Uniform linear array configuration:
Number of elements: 48
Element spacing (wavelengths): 0.5
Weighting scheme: cosine
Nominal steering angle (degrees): -60
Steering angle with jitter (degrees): -59.423
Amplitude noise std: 0.05
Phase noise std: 0.05

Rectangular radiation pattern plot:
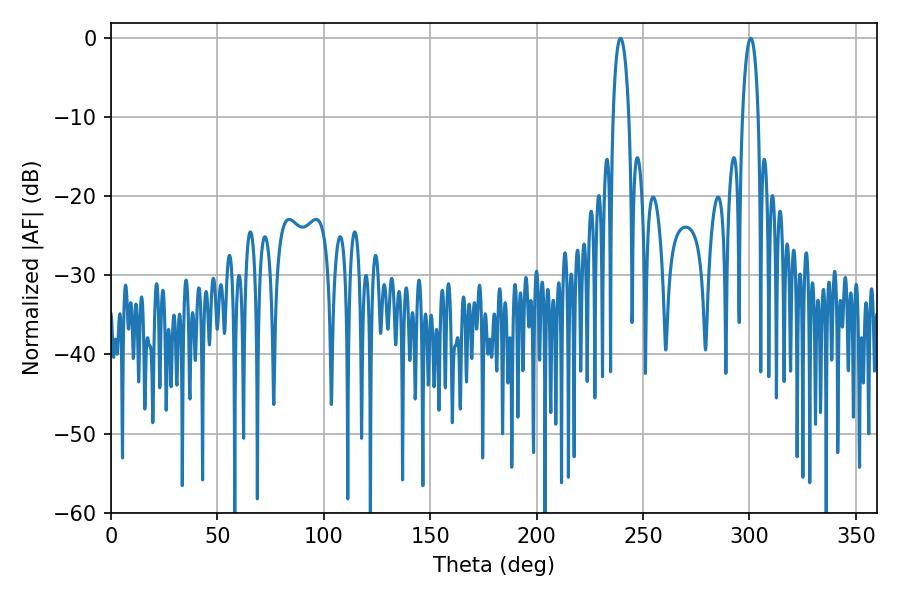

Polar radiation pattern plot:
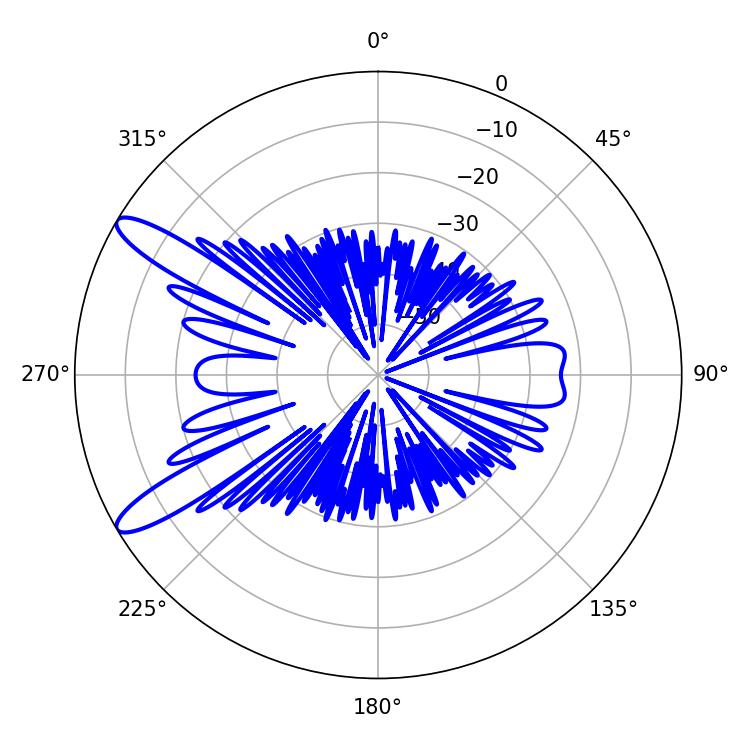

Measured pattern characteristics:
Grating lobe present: FALSE
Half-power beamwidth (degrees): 4.14
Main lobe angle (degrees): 239.4